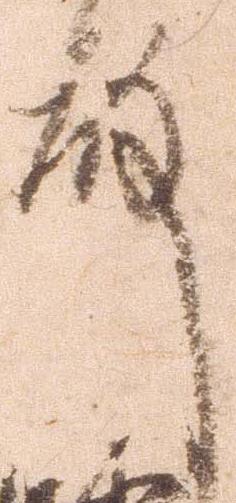
殿